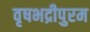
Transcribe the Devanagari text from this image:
वृषभद्रीपुरम